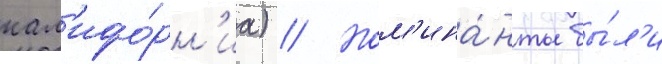
кал'ифо́рн'иа) // Ном'ина́нты бы́л'и